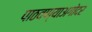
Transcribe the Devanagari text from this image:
पाठवण्याअगोदर